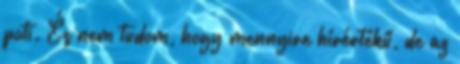
poti. És nem tudom, hogy mennyire hírértékű, de az